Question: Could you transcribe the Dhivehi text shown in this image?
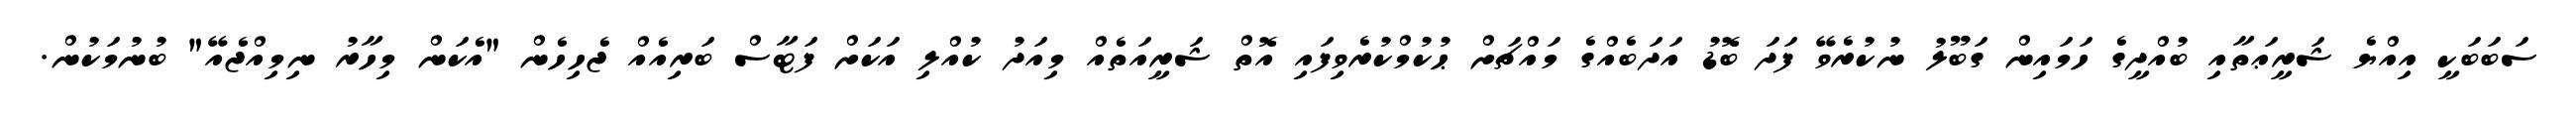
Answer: ސަބަބަކީ އިއްޔެ ޝަރީޢަތާއި ބުއްދީގެ ހަމައިން ގަބޫލު ނުކުރެވޭ ފަދަ ބޮޑު އަދަބެއްގެ މައްޗަށް ޙުކުމްކުރެވިފައި އޮތް ޝަރީއަތެއް މިއަދު ކުއްލި އަކަށް ފަޓާސް ބަރިއެއް ޖެހިހެން "އެކަން މިހާރު ނިމިއްޖެއޭ" ބުނުމަކުން.